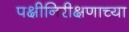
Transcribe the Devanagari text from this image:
पक्षीनिरीक्षणाच्या